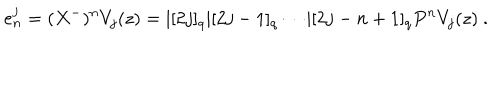
e _ { n } ^ { j } = ( X ^ { - } ) ^ { n } V _ { j } ( z ) = | [ 2 j ] _ { q } | [ 2 j - 1 ] _ { q } \cdots | [ 2 j - n + 1 ] _ { q } P ^ { n } V _ { j } ( z ) ~ .